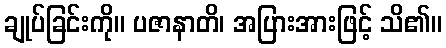
ချုပ်ခြင်းကို။ ပဇာနာတိ၊ အပြားအားဖြင့် သိ၏။